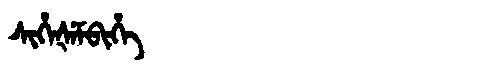
Manchu: ᠰᡳᡥᡝᡧᡝᠮᠪᡳᡥᡝ
Romanization: SIHEŠEMBIHE